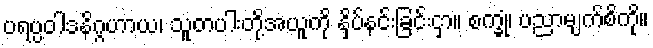
ပရပ္ပဝါဒနိဂ္ဂဟာယ၊ သူတပါးတို့အယူကို နှိပ်နင်းခြင်းငှာ။ စက္ခုံ၊ ပညာမျက်စိကို။